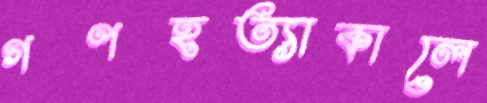
গণহত্যাকালে